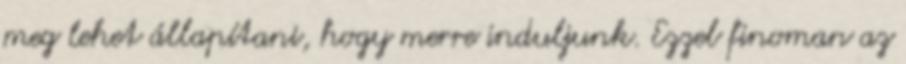
meg lehet állapítani, hogy merre induljunk. Ezzel finoman az